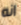
انه